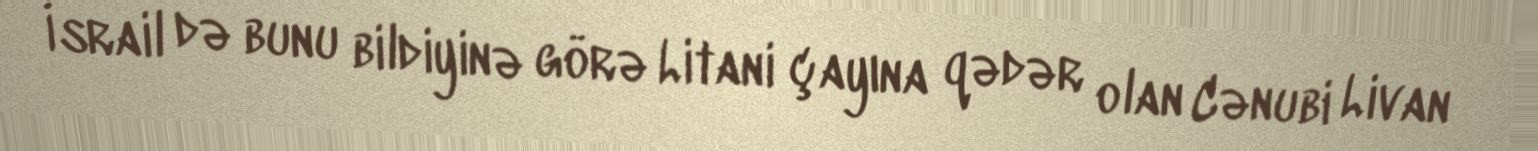
İsrail də bunu bildiyinə görə Litani çayına qədər olan Cənubi Livan